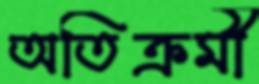
অতিক্রমী